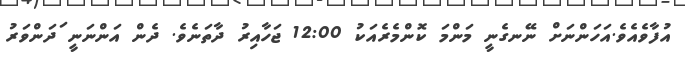
އުފާވެއެވެ.އަހަންނަށް ނޭނގެނީ މަންމަ ކޮންމެރެއަކު 12:00 ޖަހާއިރު ދާތަނެވެ. ދެން އަންނަނީ ަދަންވަރު